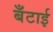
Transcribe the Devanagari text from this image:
बँटाई